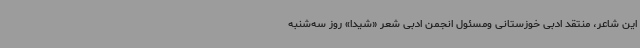
این شاعر، منتقد ادبی خوزستانی ومسئول انجمن ادبی شعر «شیدا» روز سه‌شنبه